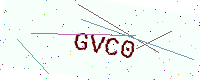
Text: GVC0